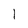
Character: l